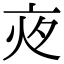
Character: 𡖍